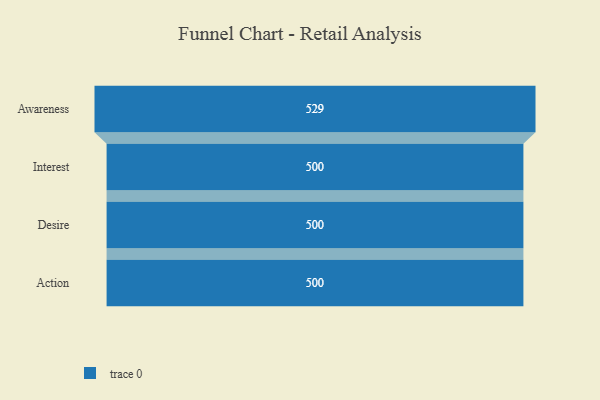
{"axis": {"x": "Stage", "y": "Value"}, "legend": [""], "data": [{"x": "Awareness", "y": 529.0, "type": ""}, {"x": "Interest", "y": 500, "type": ""}, {"x": "Desire", "y": 500, "type": ""}, {"x": "Action", "y": 500, "type": ""}]}